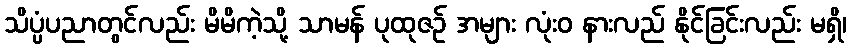
သိပ္ပံပညာတွင်လည်း မိမိကဲ့သို့ သာမန် ပုထုဇဉ် အများ လုံးဝ နားလည် နိုင်ခြင်းလည်း မရှိ၊